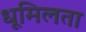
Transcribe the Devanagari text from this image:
धूमिलता